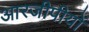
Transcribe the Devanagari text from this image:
आरजीपीयों